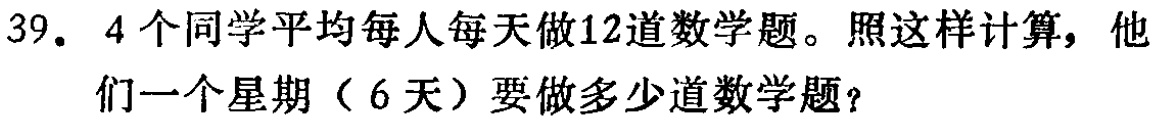
39. 4个同学平均每人每天做12道数学题。照这样计算，他们一个星期（6天）要做多少道数学题？